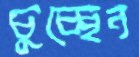
চুচ্ছেন